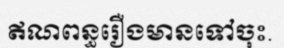
ឥណពន្ធរឿងមានទៅចុះ.